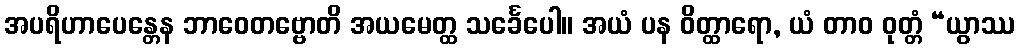
အပရိဟာပေန္တေန ဘာဝေတဗ္ဗောတိ အယမေတ္ထ သင်္ခေပေါ။ အယံ ပန ဝိတ္ထာရော, ယံ တာဝ ဝုတ္တံ “ယွာဿ